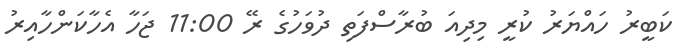
ކަބީރު ހައްޔަރު ކުރީ މިދިއަ ބުރާސްފަތި ދުވަހުގެ ރޭ 11:00 ޖަހާ އެހާކަންހާއިރު